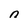
Character: n